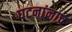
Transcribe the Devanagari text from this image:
घटनांनाच